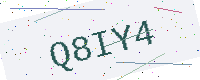
Text: Q8IY4